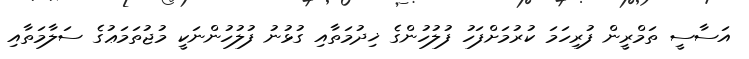
އަސާސީ ތަމްރީން ފުރިހަމަ ކުރުމަށްފަހު ފުލުހުންގެ ޚިދުމަތާއި ގުޅުނު ފުލުހުންނަކީ މުޖުތަމަޢުގެ ސަލާމަތާއި